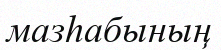
мазһабының